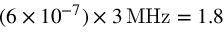
( 6 \times 1 0 ^ { - 7 } ) \times 3 \, \mathrm { M H z } = 1 . 8